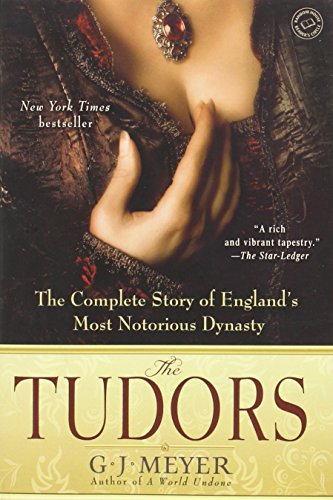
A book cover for The Tudors: The Complete Story of England's Most Notorious Dynasty; G.J. Meyer; Biographies & Memoirs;